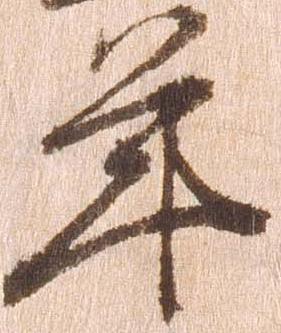
年